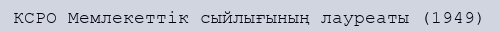
КСРО Мемлекеттік сыйлығының лауреаты (1949)